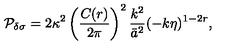
{ \cal P } _ { \delta \sigma } = 2 \kappa ^ { 2 } \left( { \frac { C ( r ) } { 2 \pi } } \right) ^ { 2 } { \frac { k ^ { 2 } } { \bar { a } ^ { 2 } } } ( - k \eta ) ^ { 1 - 2 r } ,